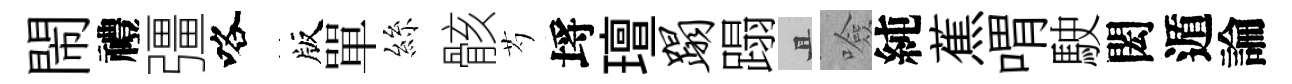
閙禮彊咯版單絲骸芍埓璮蹋蹋且噞純蕉喟駛閎遁論